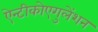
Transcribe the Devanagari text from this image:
ऐन्टीकोएगुलेंशन